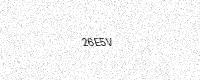
Text: 26E5V